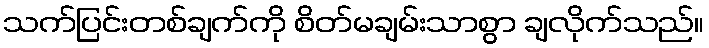
သက်ပြင်းတစ်ချက်ကို စိတ်မချမ်းသာစွာ ချလိုက်သည်။